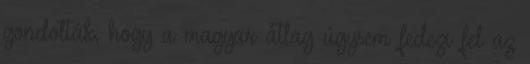
gondolták, hogy a magyar átlag úgysem fedezi fel az